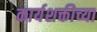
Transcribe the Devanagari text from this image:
कार्यशक्तीच्या